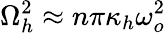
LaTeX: \Omega_{h}^{2}\approx n\pi\kappa_{h}\omega_{o}^{2}